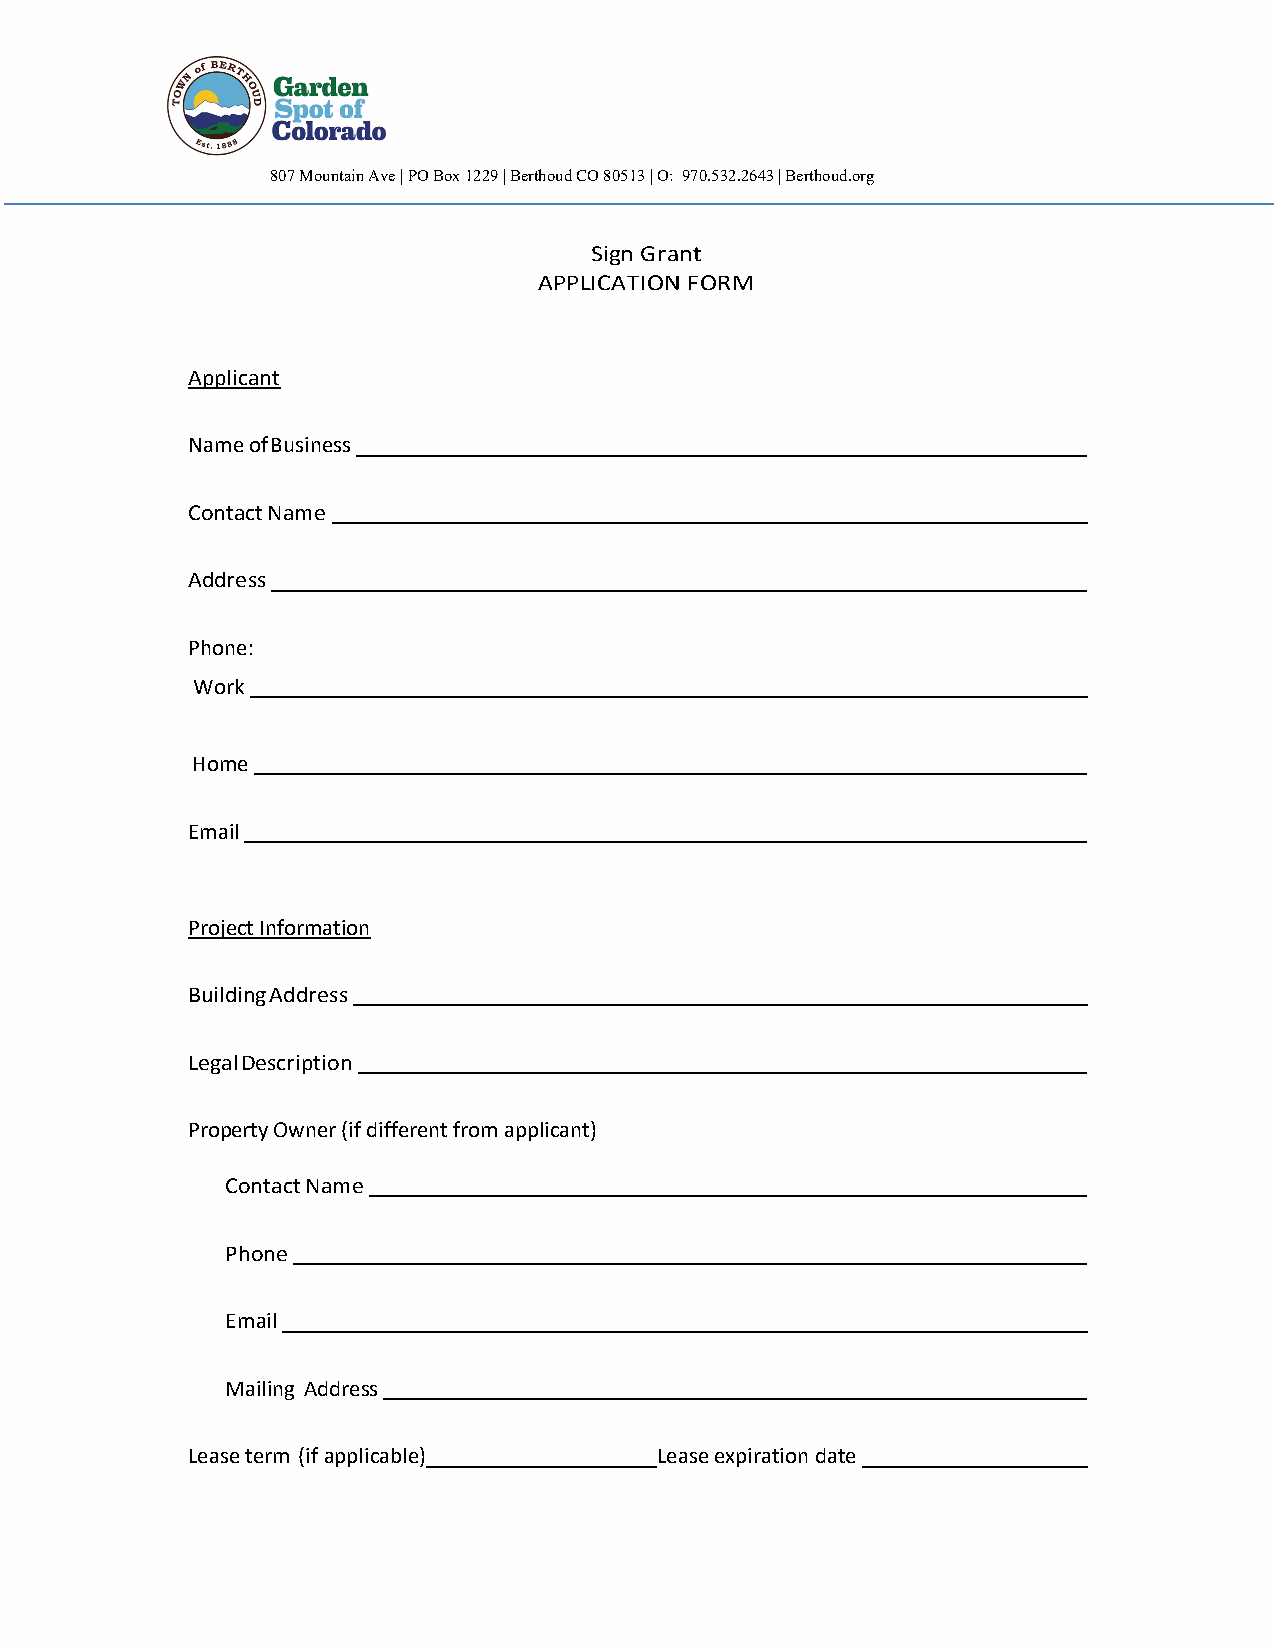
807 Mountain Ave | PO Box 1229 | Berthoud CO 80513 | O: 970.532.2643 | Berthoud.org
 Sign Grant
 APPLICATION FORM
 Applicant
 Name of Business
 Contact Name
 Address
 Phone:
 Work
 Home
 Email
 Project Information
 Building Address
 Legal Description
 Property Owner (if different from applicant)
 Contact Name
 Phone
 Email
 Mailing Address
 Lease term (if applicable)     Lease expiration date